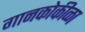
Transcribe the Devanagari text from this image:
गानकोकीळा